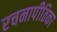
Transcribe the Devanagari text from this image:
रचनापीठिका